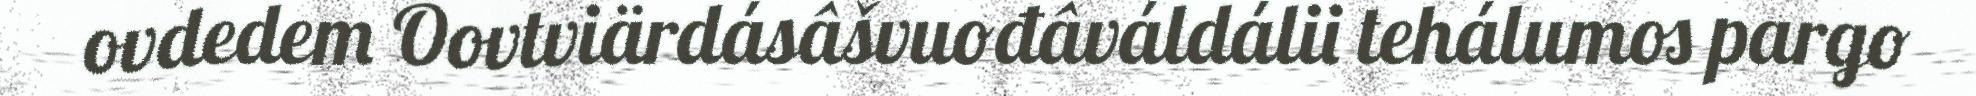
ovdedem Oovtviärdásâšvuođâváldálii tehálumos pargo